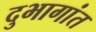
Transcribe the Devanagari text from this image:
दुभागांत